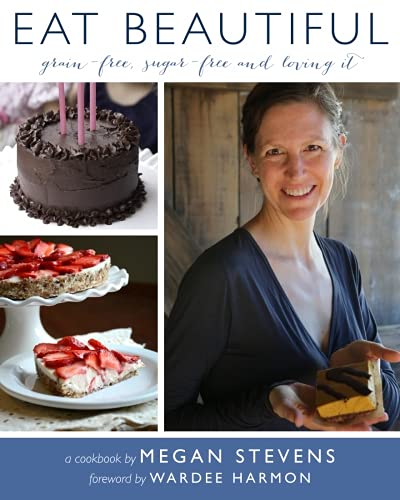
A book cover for EAT BEAUTIFUL: Grain-free, Sugar-free and Loving It; Megan S Stevens; Cookbooks, Food & Wine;